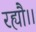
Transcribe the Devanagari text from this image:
रह्यौ।।